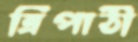
ত্রিপাঠী